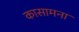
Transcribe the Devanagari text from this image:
कासामना